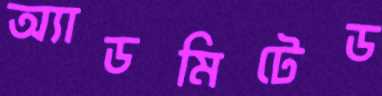
অ্যাডমিটেড